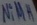
Text: NiMH